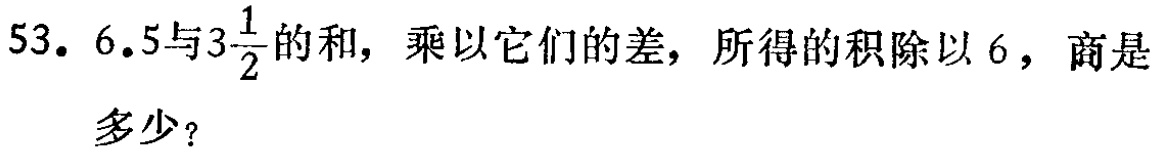
53. $6.5$与$3\frac{1}{2}$的和，乘以它们的差，所得的积除以$6$，商是多少？